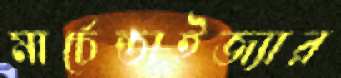
মার্চেন্ডাইজ্যার